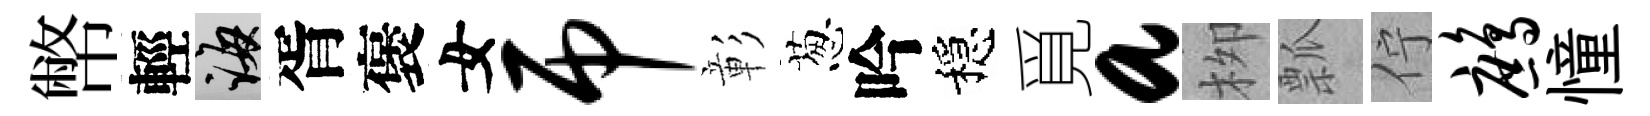
幣輕誨胥褒女吊彰葱吟穩覓a栁瓢佇鹧憧